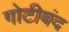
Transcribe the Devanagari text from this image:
गोटीबंद